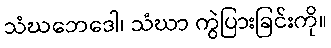
သံဃဘေဒေါ၊ သံဃာ ကွဲပြားခြင်းကို။